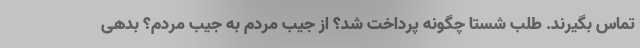
تماس بگیرند. طلب شستا چگونه پرداخت شد؟ از جیب مردم به جیب مردم؟ بدهی